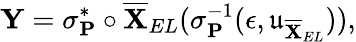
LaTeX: \mathbf{Y}=\mathbf{\sigma}_{\mathbf{P}}^{*}\circ\overline{{\mathbf{X}}}_{EL}(\sigma_{\mathbf{P}}^{-1}(\epsilon,\mathfrak{u}_{\overline{{\mathbf{X}}}_{EL}})),